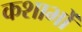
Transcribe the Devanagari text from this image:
कशाभों